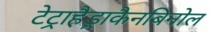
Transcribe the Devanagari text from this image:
टेट्राहैड्राकैनबिनोल